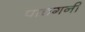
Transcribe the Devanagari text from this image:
पाचगनी